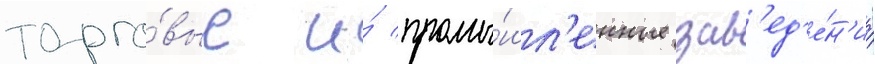
торго́вые и́ промы́шл'енные зав'ед'е́н'иа